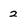
Character: 2